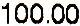
100.00